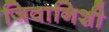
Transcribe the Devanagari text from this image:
जिवानिशी